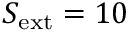
S _ { \mathrm { e x t } } = 1 0